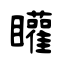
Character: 矔